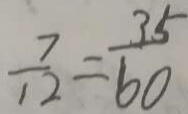
\frac { 7 } { 1 2 } = \frac { 3 5 } { 6 0 }